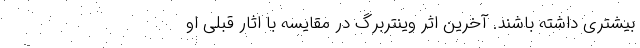
بیشتری داشته باشند. آخرین اثر وینتربرگ در مقایسه با اثار قبلی او